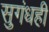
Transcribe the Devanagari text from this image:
सुगंधही